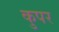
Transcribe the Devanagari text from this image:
कुपर